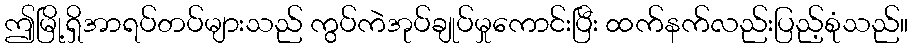
ဤမြို့ရှိအာရပ်တပ်များသည် ကွပ်ကဲအုပ်ချုပ်မှုကောင်းပြီး ထက်နက်လည်းပြည့်စုံသည်။